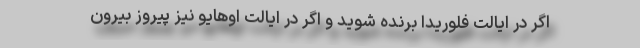
اگر در ایالت فلوریدا برنده شوید و اگر در ایالت اوهایو نیز پیروز بیرون